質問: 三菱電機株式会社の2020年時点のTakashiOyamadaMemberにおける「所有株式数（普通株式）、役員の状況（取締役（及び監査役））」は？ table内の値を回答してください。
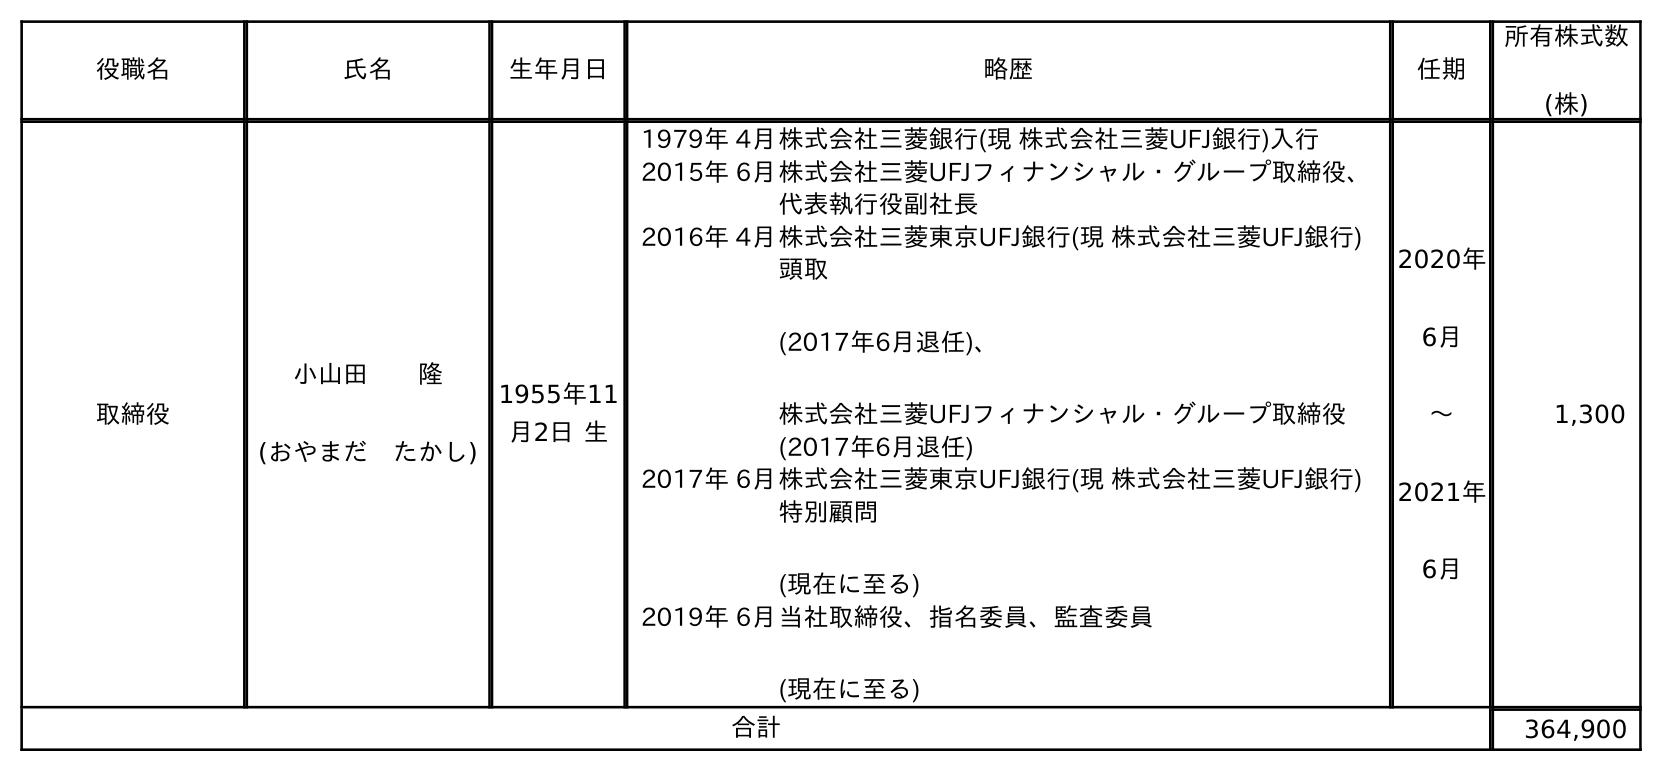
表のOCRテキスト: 役職名 氏名 生年月日 略歴 任期 所有株式数 (株) 取締役 小山田  隆 (おやまだ たかし) 1955年11 月2日 生 1979年 4月株式会社三菱銀行(現 株式会社三菱UFJ銀行)入行 2015年 6月株式会社三菱UFJフィナンシャル・グループ取締役、 代表執行役副社長 2016年 4月株式会社三菱東京UFJ銀行(現 株式会社三菱UFJ銀行) 頭取 (2017年6月退任)、 株式会社三菱UFJフィナンシャル・グループ取締役 (2017年6月退任) 2017年 6月株式会社三菱東京UFJ銀行(現 株式会社三菱UFJ銀行) 特別顧問 (現在に至る) 2019年 6月当社取締役、指名委員、監査委員 (現在に至る) 2020年 6月 〜 2021年 6月 1,300 合計 364,900
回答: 1,300